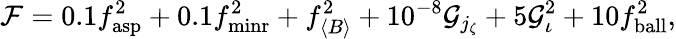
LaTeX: \mathcal{F}=0.1f_{\mathrm{asp}}^{2}+0.1f_{\mathrm{minr}}^{2}+f_{\langle B\rangle}^{2}+10^{-8}\mathcal{G}_{j_{\zeta}}+5\mathcal{G}_{\iota}^{2}+10f_{\mathrm{ball}}^{2},